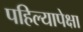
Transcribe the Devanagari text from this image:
पहिल्यापेक्षा